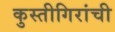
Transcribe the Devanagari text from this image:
कुस्तीगिरांची